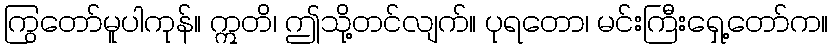
ကြွတော်မူပါကုန်။ ဣတိ၊ ဤသို့တင်လျက်။ ပုရတော၊ မင်းကြီးရှေ့တော်က။